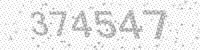
Solution: 374547